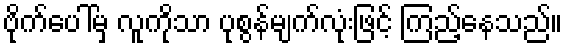
ဗိုက်ပေါ်မှ လူကိုသာ ပုစွန်မျက်လုံးဖြင့် ကြည့်နေသည်။